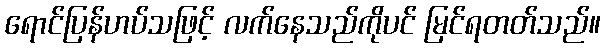
ရောင်ပြန်ဟပ်သဖြင့် လက်နေသည်ကိုပင် မြင်ရတတ်သည်။